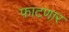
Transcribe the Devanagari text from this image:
फाटणार